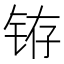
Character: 𲇻